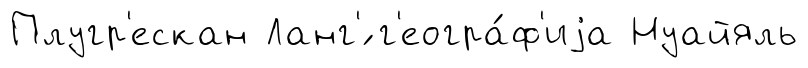
Плугр'ескан Ланг'́ г'еогра́ф'иjа Нуайяль